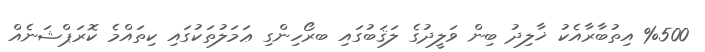
%500 އިތުބާރާއެކު ޚާލިދު ބިން ވަލީދުގެ ލަޤަބުގައި ބރޯހިންގި ޢަމަލުތަކުގައި ކިތައްމެ ކޮރަޕްޝަނެއް